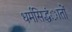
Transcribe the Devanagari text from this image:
धर्मसिद्धंातों